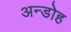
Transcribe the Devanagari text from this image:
अन्डोह